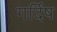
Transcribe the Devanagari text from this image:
गर्दिष